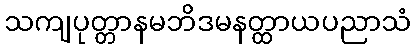
သကျပုတ္တာနမဘိဒမနတ္ထာယပညာသံ